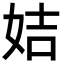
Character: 姞